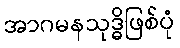
အာဂမနသုဒ္ဓိဖြစ်ပုံ